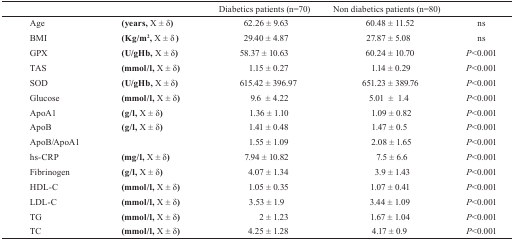
<table><thead><tr><td></td><td></td><td><b>Diabetics patients (n=70)</b></td><td><b>Non diabetics patients (n=80)</b></td><td></td></tr></thead><tbody><tr><td>Age</td><td><b>(years, X ± δ)</b></td><td>62.26 ± 9.63</td><td>60.48 ± 11.52</td><td>ns</td></tr><tr><td>BMI</td><td><b>(Kg/m<sup>2</sup>, X ± δ)</b></td><td>29.40 ± 4.87</td><td>27.87 ± 5.08</td><td>ns</td></tr><tr><td>GPX</td><td><b>(U/gHb, X ± δ)</b></td><td>58.37 ± 10.63</td><td>60.24 ± 10.70</td><td><i>P</i>&lt;0.001</td></tr><tr><td>TAS</td><td><b>(mmol/l, X ± δ)</b></td><td>1.15 ± 0.27</td><td>1.14 ± 0.29</td><td><i>P</i>&lt;0.001</td></tr><tr><td>SOD</td><td><b>(U/gHb, X ± δ)</b></td><td>615.42 ± 396.97</td><td>651.23 ± 389.76</td><td><i>P</i>&lt;0.001</td></tr><tr><td>Glucose</td><td><b>(mmol/l, X ± δ)</b></td><td>9.6 ± 4.22</td><td>5.01 ± 1.4</td><td><i>P</i>&lt;0.001</td></tr><tr><td>ApoA1</td><td><b>(g/l, X ± δ)</b></td><td>1.36 ± 1.10</td><td>1.09 ± 0.82</td><td><i>P</i>&lt;0.001</td></tr><tr><td>ApoB</td><td><b>(g/l, X ± δ)</b></td><td>1.41 ± 0.48</td><td>1.47 ± 0.5</td><td><i>P</i>&lt;0.001</td></tr><tr><td>ApoB/ApoA1</td><td></td><td>1.55 ± 1.09</td><td>2.08 ± 1.65</td><td><i>P</i>&lt;0.001</td></tr><tr><td>hs-CRP</td><td><b>(mg/l, X ± δ)</b></td><td>7.94 ± 10.82</td><td>7.5 ± 6.6</td><td><i>P</i>&lt;0.001</td></tr><tr><td>Fibrinogen</td><td><b>(g/l, X ± δ)</b></td><td>4.07 ± 1.34</td><td>3.9 ± 1.43</td><td><i>P</i>&lt;0.001</td></tr><tr><td>HDL-C</td><td><b>(mmol/l, X ± δ)</b></td><td>1.05 ± 0.35</td><td>1.07 ± 0.41</td><td><i>P</i>&lt;0.001</td></tr><tr><td>LDL-C</td><td><b>(mmol/l, X ± δ)</b></td><td>3.53 ± 1.9</td><td>3.44 ± 1.09</td><td><i>P</i>&lt;0.001</td></tr><tr><td>TG</td><td><b>(mmol/l, X ± δ)</b></td><td>2 ± 1.23</td><td>1.67 ± 1.04</td><td><i>P</i>&lt;0.001</td></tr><tr><td>TC</td><td><b>(mmol/l, X ± δ)</b></td><td>4.25 ± 1.28</td><td>4.17 ± 0.9</td><td><i>P</i>&lt;0.001</td></tr></tbody></table>